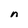
Character: n